Indian journal of veterinary science and animal husbandry - Volume 4,
Year: 1934
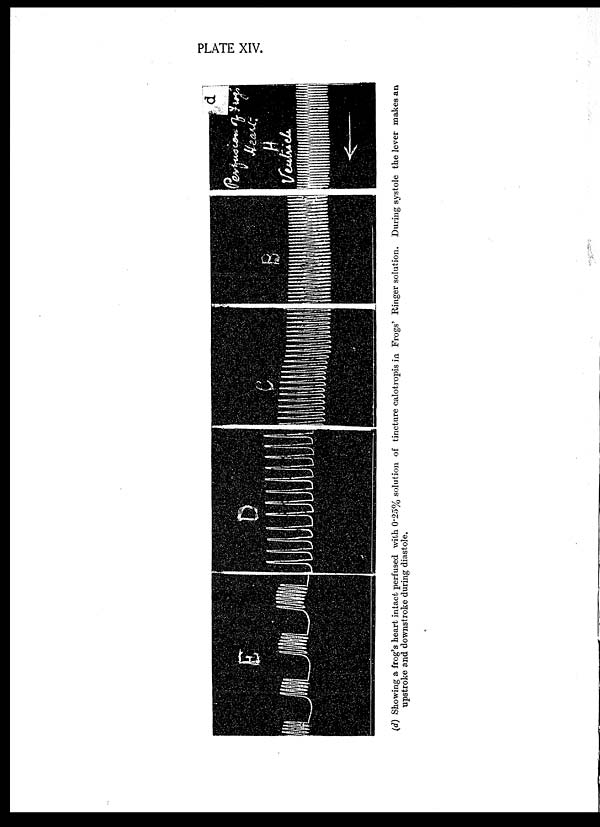
PLATE XIV.
(d) Showing a frog's heart intact perfused with 0.25%
solution of tincture calotropis in Frogs' Ringer solution. During systole the lever makes an
upstroke and downstroke during diastole.